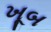
ખૂબ